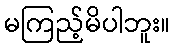
မကြည့်မိပါဘူး။